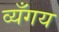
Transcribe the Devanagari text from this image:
व्यँगय